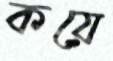
কয়ে